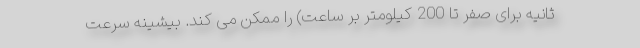
ثانیه برای صفر تا 200 کیلومتر بر ساعت) را ممکن می کند. بیشینه سرعت